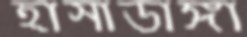
হাসাডাঙ্গা